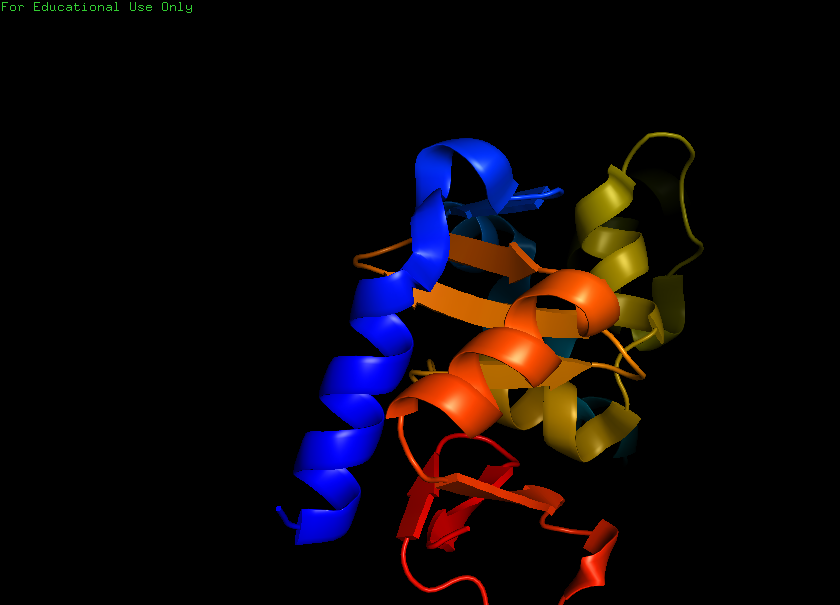
pymol, preset, ligand_cartoon